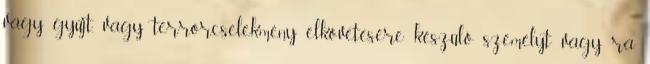
vagy gyűjt, vagy terrorcselekmény elkövetésére készülő személyt vagy rá